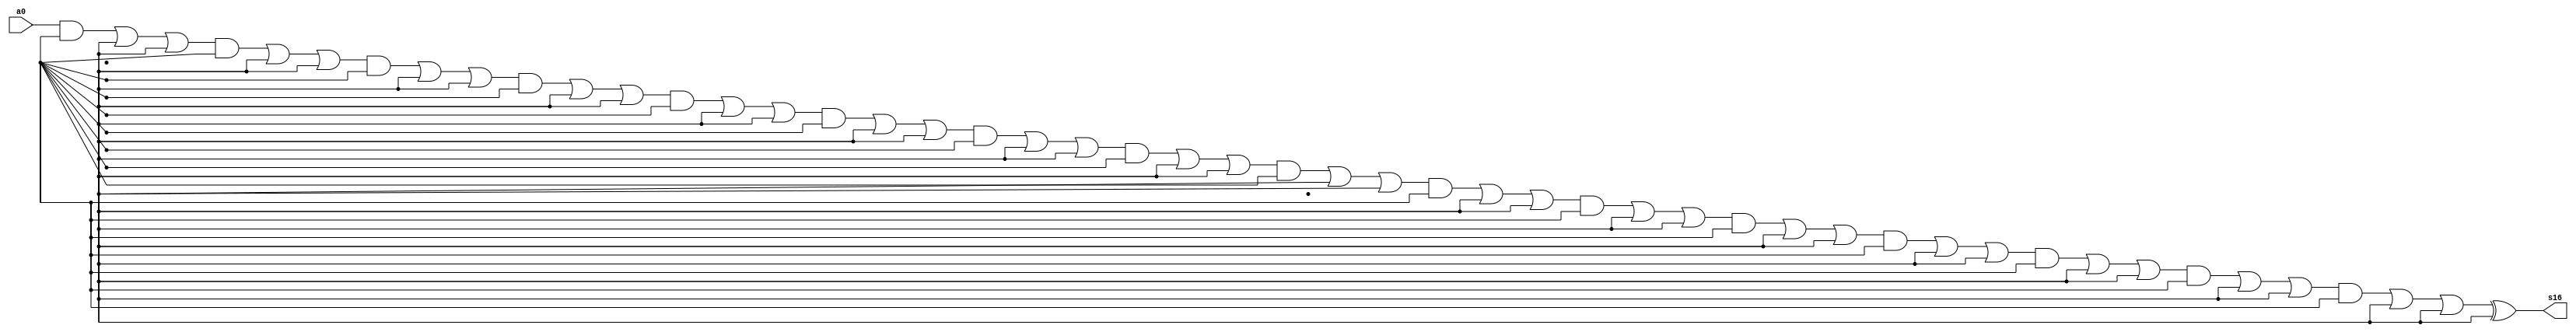
module singlepath (a0, s16);
input a0;
output s16;
wire w162, w161, w152, w151, w51, s6, s10, w22, w62, s3, c16, c4, w61, c5, w32, w00, w21, s5, w41, s11, c6, c1, w03, s2, w141, w52, w42, w11, w111, w71, s12, s1, s15, w12, c3, w72, c8, s7, w122, w81, w31, w82, c2, c9, s8, w91, w92, c10, c14, s9, s4, w102, w121, c11, w112, w02, c12, w132, c7, c13, s14, w131, s13, w142, w101, c15, Vcc, gnd;
and g0(w00, a0, Vcc);
and g2(w02, a0, Vcc);
or g3(c1, w00, gnd, gnd);
xor g4(w03, a0, gnd);
and ag1(w11, c1, Vcc);
and ag2(w12, c1, Vcc);
or ag3(c2, w12, gnd, gnd);
xor ag5(s1, c1, gnd);
and bg1(w21, c2, Vcc);
and bg2(w22, c2, Vcc);
or bg3(c3, w22, gnd, gnd);
xor bg5(s2, c2, gnd);
and cg1(w31, c3, Vcc);
and cg2(w32, c3, Vcc);
or cg3(c4, w32, gnd, gnd);
xor cg5(s3, c3, gnd);
and dg1(w41, c4, Vcc);
and dg2(w42, c4, Vcc);
or dg3(c5, w42, gnd, gnd);
xor dg5(s4, c4, gnd);
and eg1(w51, c5, Vcc);
and eg2(w52, c5, Vcc);
or eg3(c6, w52, gnd, gnd);
xor eg5(s5, c5, gnd);
and fg1(w61, c6, Vcc);
and fg2(w62, c6, Vcc);
or fg3(c7, w62, gnd, gnd);
xor fg5(s6, c6, gnd);
and gg1(w71, c7, Vcc);
and gg2(w72, c7, Vcc);
or gg3(c8, w72, gnd, gnd);
xor gg5(s7, c7, gnd);
and hg1(w81, c8, Vcc);
and hg2(w82, c8, Vcc);
or hg3(c9, w82, gnd, gnd);
xor hg5(s8, c8, gnd);
and ig1(w91, c9, Vcc);
and ig2(w92, c9, Vcc);
or ig3(c10, w92, gnd, gnd);
xor ig5(s9, c9, gnd);
and jg1(w101, c10, Vcc);
and jg2(w102, c10, Vcc);
or jg3(c11, w102, gnd, gnd);
xor jg5(s10, c10, gnd);
and kg1(w111, c11, Vcc);
and kg2(w112, c11, Vcc);
or kg3(c12, w112, gnd, gnd);
xor kg5(s11, c11, gnd);
and lg1(w121, c12, Vcc);
and lg2(w122, c12, Vcc);
or lg3(c13, w122, gnd, gnd);
xor lg5(s12, c12, gnd);
and mg1(w131, c13, Vcc);
and mg2(w132, c13, Vcc);
or mg3(c14, w132, gnd, gnd);
xor mg5(s13, c13, gnd);
and ng1(w141, c14, Vcc);
and ng2(w142, c14, Vcc);
or ng3(c15, w142, gnd, gnd);
xor ng5(s14, c14, gnd);
and og1(w151, c15, Vcc);
and og2(w152, c15, Vcc);
or og3(c16, w152, gnd, gnd);
xor og5(s15, c15, gnd);
and pg1(w161, c16, Vcc);
and pg2(w162, c16, Vcc);
xor pg5(s16, c16, gnd);

endmodule